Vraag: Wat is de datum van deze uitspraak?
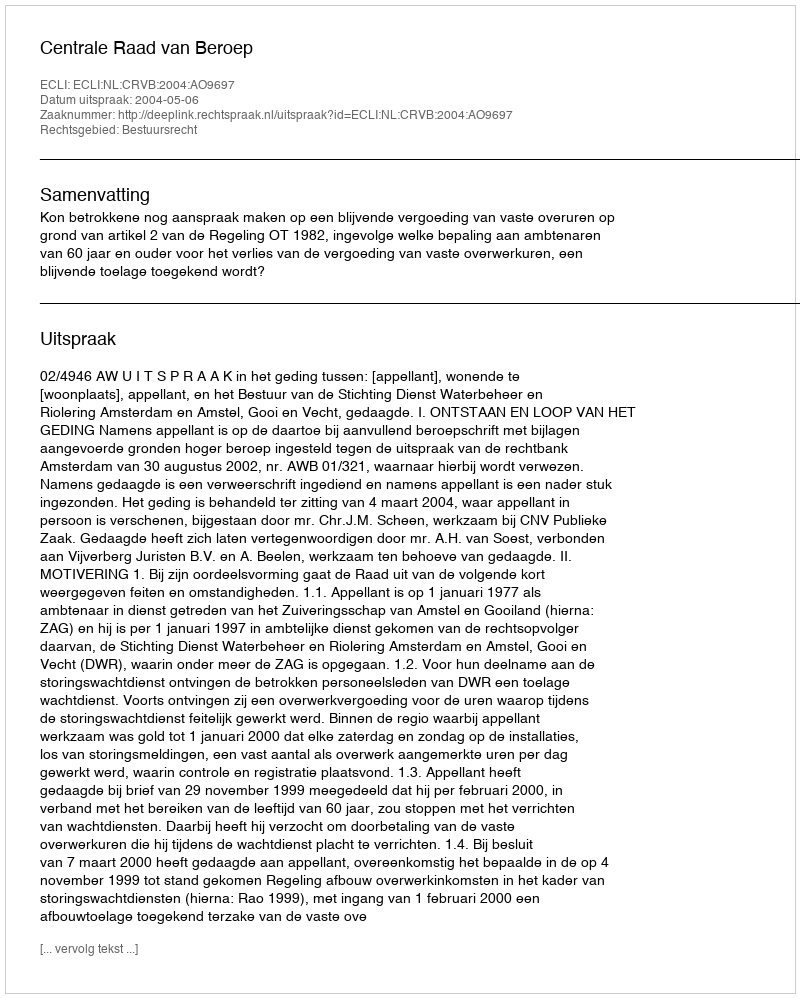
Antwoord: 2004-05-06